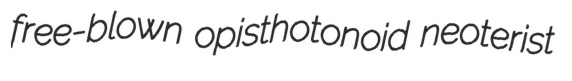
free-blown opisthotonoid neoterist